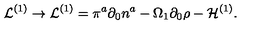
{ \cal L } ^ { ( 1 ) } \rightarrow { \cal L } ^ { ( 1 ) } = \pi ^ { a } \partial _ { 0 } { n } ^ { a } - \Omega _ { 1 } \partial _ { 0 } { \rho } - { \cal H } ^ { ( 1 ) } .